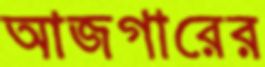
আজগারের